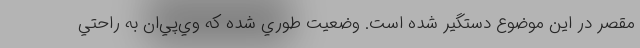
مقصر در اين موضوع دستگير شده است. وضعيت طوري شده كه وي‌پي‌ان به راحتي